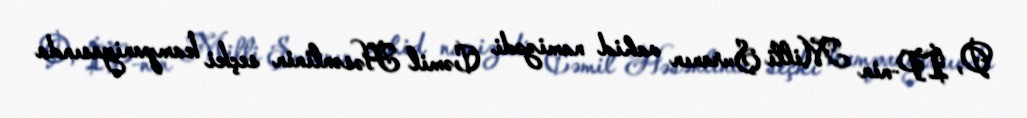
O, İP-nin Milli Şuranın vahid namizədi Cəmil Həsənlinin seçki kampaniyasında